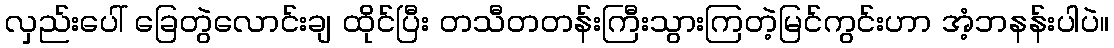
လှည်းပေါ် ခြေတွဲလောင်းချ ထိုင်ပြီး တသီတတန်းကြီးသွားကြတဲ့မြင်ကွင်းဟာ အံ့ဘနန်းပါပဲ။